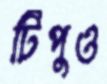
টিপুও